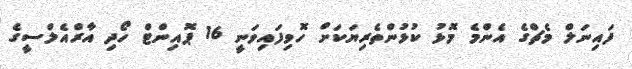
ފައިނަލް މެޗްގެ އެންމެ މޮޅު ކުޅުންތެރިޔަކަށް ހޮވިފައިވަނީ 16 ޕޮއިންޓް ހޯދި އާރްއެލްސީގެ